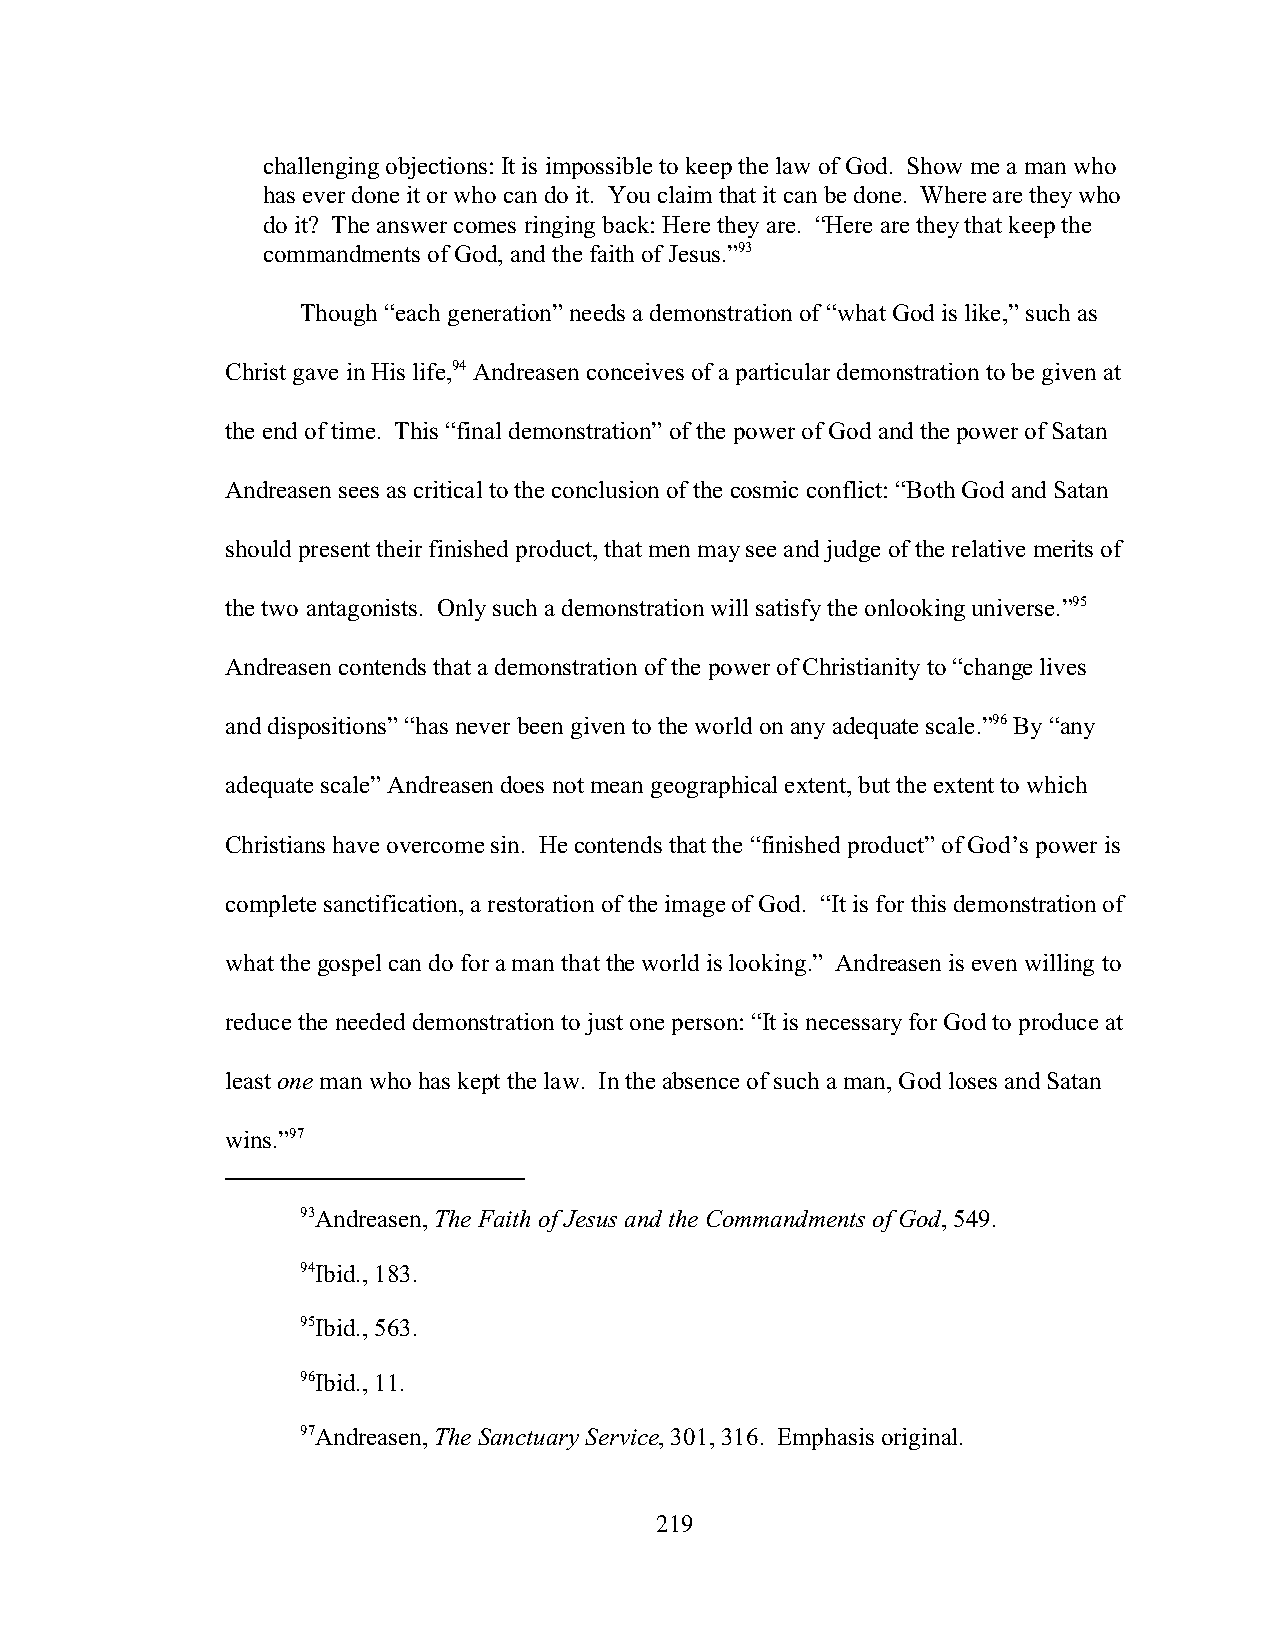
challenging objections: It is impossible to keep the law of God. Show me a man who
 has ever done it or who can do it. You claim that it can be done. Where are they who
 do it? The answer comes ringing back: Here they are. “Here are they that keep the
 commandments of God, and the faith of Jesus.”93
 Though “each generation” needs a demonstration of “what God is like,” such as
 Christ gave in His life,94 Andreasen conceives of a particular demonstration to be given at
 the end of time. This “final demonstration” of the power of God and the power of Satan
 Andreasen sees as critical to the conclusion of the cosmic conflict: “Both God and Satan
 should present their finished product, that men may see and judge of the relative merits of
 the two antagonists. Only such a demonstration will satisfy the onlooking universe.”95
 Andreasen contends that a demonstration of the power of Christianity to “change lives
 and dispositions” “has never been given to the world on any adequate scale.”96 By “any
 adequate scale” Andreasen does not mean geographical extent, but the extent to which
 Christians have overcome sin. He contends that the “finished product” of God’s power is
 complete sanctification, a restoration of the image of God. “It is for this demonstration of
 what the gospel can do for a man that the world is looking.” Andreasen is even willing to
 reduce the needed demonstration to just one person: “It is necessary for God to produce at
 least one man who has kept the law. In the absence of such a man, God loses and Satan
 wins.”97
 93Andreasen, The Faith of Jesus and the Commandments of God, 549.
 94Ibid., 183.
 95Ibid., 563.
 96Ibid., 11.
 97Andreasen, The Sanctuary Service, 301, 316. Emphasis original.
 219